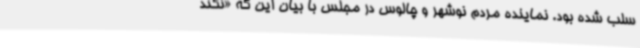
سلب شده بود. نماینده مردم نوشهر و چالوس در مجلس با بیان این که «نکند